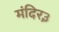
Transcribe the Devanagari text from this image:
मंदिर३